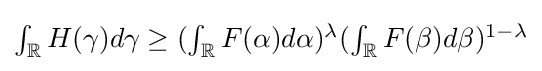
{\textstyle \int _{\mathbb {R} }H(\gamma )d\gamma \geq (\int _{\mathbb {R} }F(\alpha )d\alpha )^{\lambda }(\int _{\mathbb {R} }F(\beta )d\beta )^{1-\lambda }}